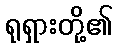
ရုရှားတို့၏